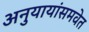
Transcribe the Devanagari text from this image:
अनुयायांसमवेत